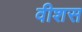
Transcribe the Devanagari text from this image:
वीशस